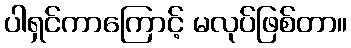
ပါရှင်ကာကြောင့် မလုပ်ဖြစ်တာ။